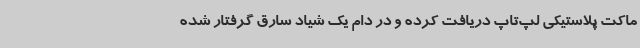
ماکت پلاستیکی لپ‌تاپ دریافت کرده و در دام یک شیاد سارق گرفتار شده